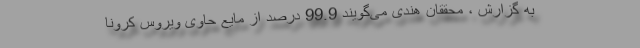
به گزارش ، محققان هندی می‌گویند 99.9 درصد از مایع حاوی ویروس کرونا